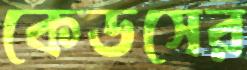
কেডসের